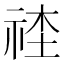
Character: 𥙭